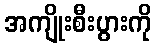
အကျိုးစီးပွားကို